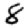
Digit: 8